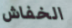
الخفاش